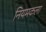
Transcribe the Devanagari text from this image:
नियमकला